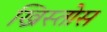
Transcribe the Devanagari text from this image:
ख्रिस्तोस